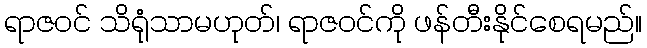
ရာဇဝင် သိရုံသာမဟုတ်၊ ရာဇဝင်ကို ဖန်တီးနိုင်စေရမည်။